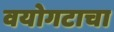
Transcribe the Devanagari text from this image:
वयोगटाचा